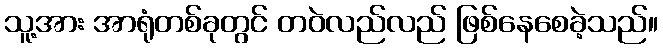
သူ့အား အာရုံတစ်ခုတွင် တဝဲလည်လည် ဖြစ်နေစေခဲ့သည်။